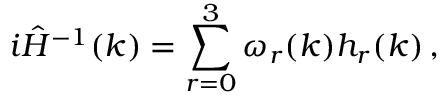
i \hat { H } ^ { - 1 } ( k ) = \sum _ { r = 0 } ^ { 3 } \omega _ { r } ( k ) h _ { r } ( k ) \, ,